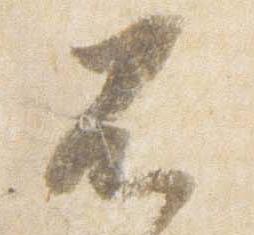
不